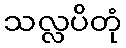
သလ္လပိတုံ